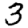
Digit: 3